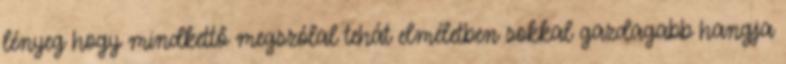
lényeg hogy mindkettő megszólal tehát elméletben sokkal gazdagabb hangja